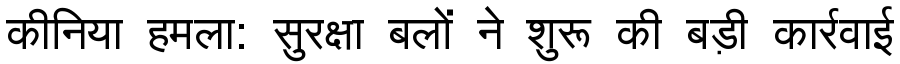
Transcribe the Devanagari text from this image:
कीनिया हमला: सुरक्षा बलों ने शुरू की बड़ी कार्रवाई